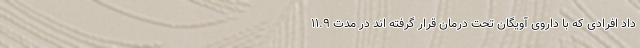
داد افرادی که با داروی آویگان تحت درمان قرار گرفته اند در مدت ۱۱.۹